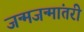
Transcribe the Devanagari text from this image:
जन्मजन्मांतरी